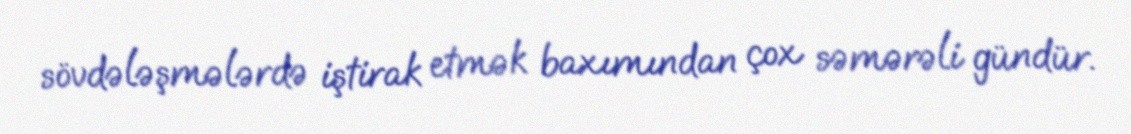
sövdələşmələrdə iştirak etmək baxımından çox səmərəli gündür.